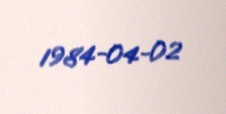
1984-04-02